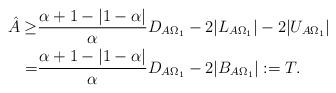
LaTeX: \begin{align*}\hat{A}\geq& \frac{\alpha+1-\vert 1-\alpha \vert}{\alpha}D_{A\Omega_1}-2\vert L_{A\Omega_1}\vert -2\vert U_{A\Omega_1}\vert\\=&\frac{\alpha+1-\vert 1-\alpha \vert}{\alpha}D_{A\Omega_1}-2\vert B_{A\Omega_1} \vert:= T.\end{align*}